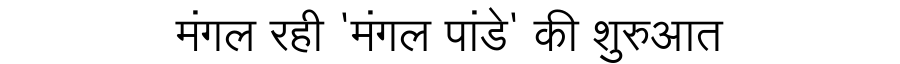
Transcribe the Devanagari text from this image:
मंगल रही 'मंगल पांडे' की शुरुआत